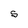
Character: S